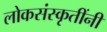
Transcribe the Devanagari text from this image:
लोकसंस्कृतींनी